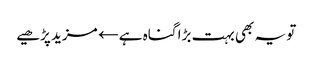
تو یہ بھی بہت بڑا گناہ ہے← مزید پڑھیے